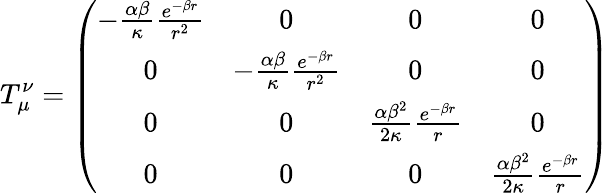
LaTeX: T_{\mu}^{\nu}=\left(\begin{array}{cccc}{{-\frac{\alpha\beta}{\kappa}\frac{e^{-\beta r}}{r^{2}}}}&{{0}}&{{0}}&{{0}}\\ {{0}}&{{-\frac{\alpha\beta}{\kappa}\frac{e^{-\beta r}}{r^{2}}}}&{{0}}&{{0}}\\ {{0}}&{{0}}&{{\frac{\alpha\beta^{2}}{2\kappa}\frac{e^{-\beta r}}{r}}}&{{0}}\\ {{0}}&{{0}}&{{0}}&{{\frac{\alpha\beta^{2}}{2\kappa}\frac{e^{-\beta r}}{r}}}\end{array}\right)